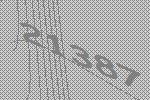
21387